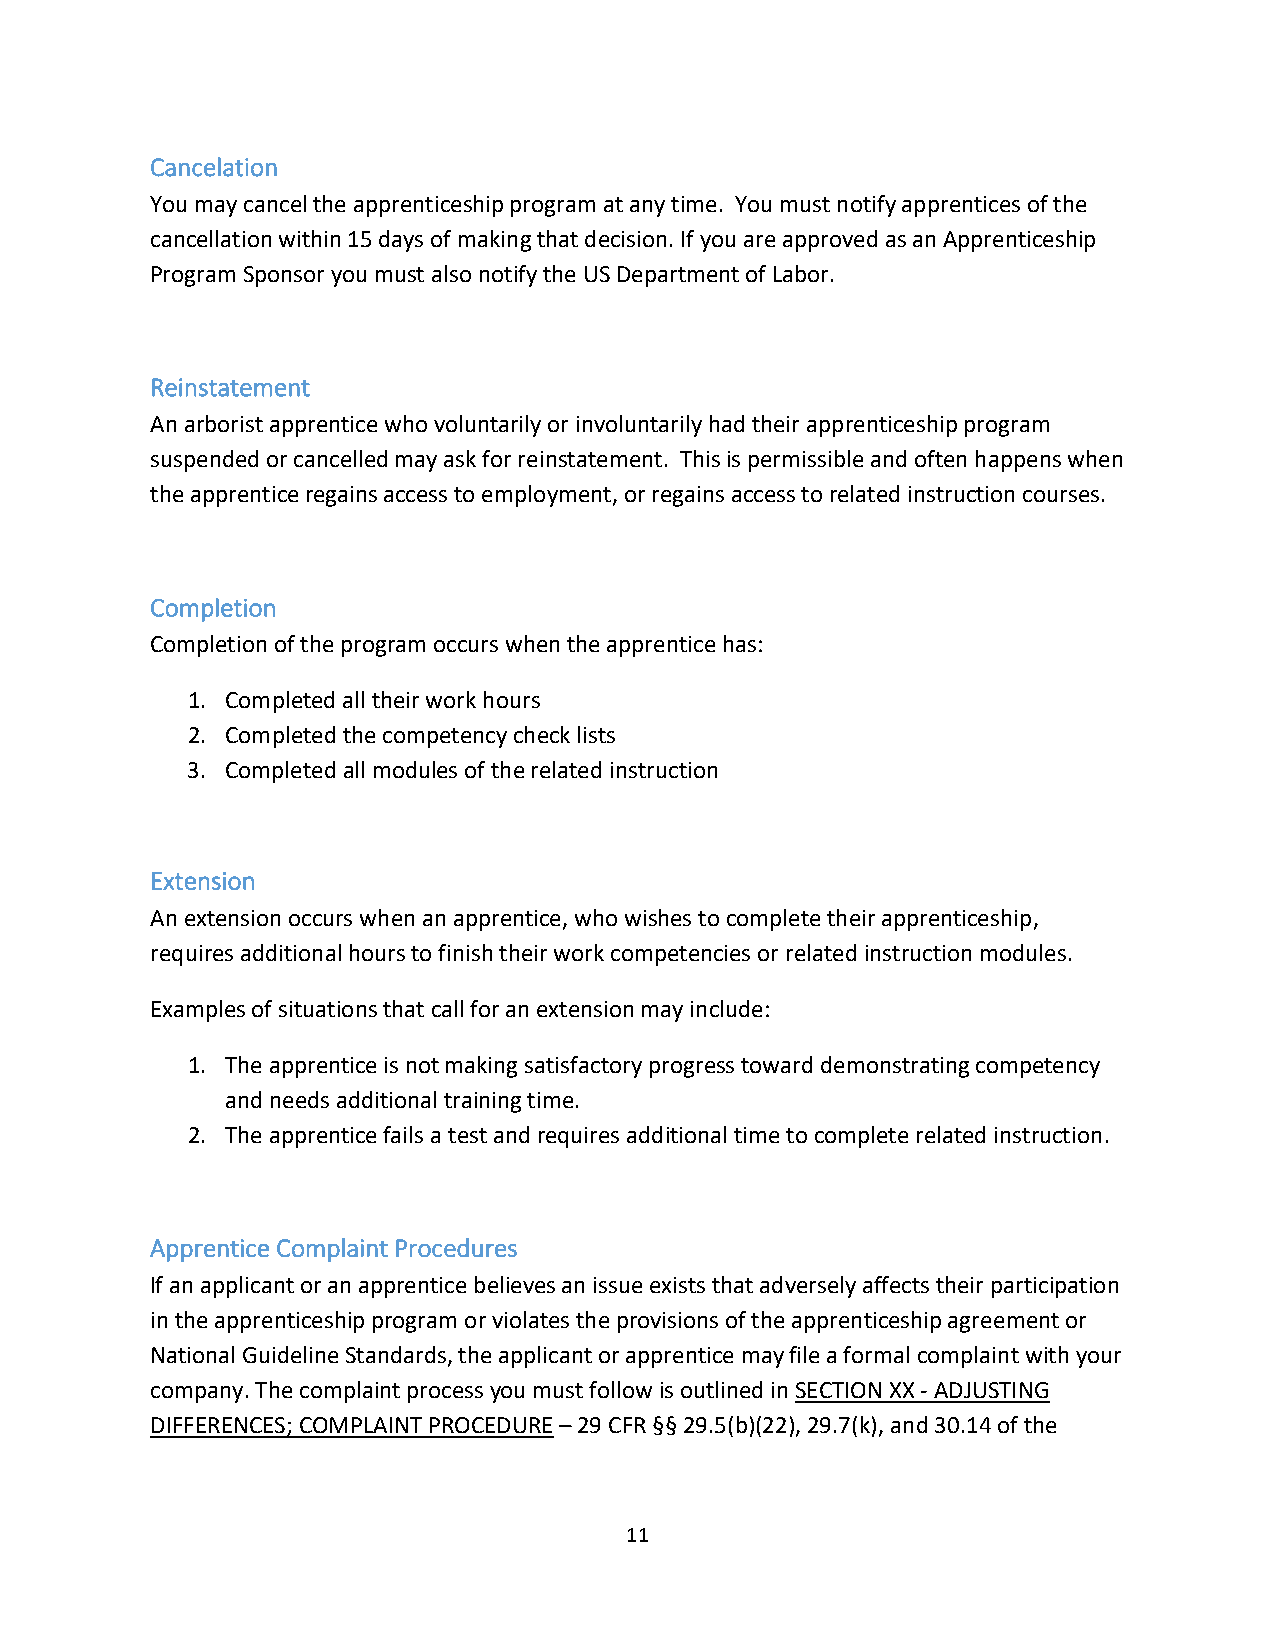
Cancelation
 You may cancel the apprenticeship program at any time. You must notify apprentices of the
 cancellation within 15 days of making that decision. If you are approved as an Apprenticeship
 Program Sponsor you must also notify the US Department of Labor.
 Reinstatement
 An arborist apprentice who voluntarily or involuntarily had their apprenticeship program
 suspended or cancelled may ask for reinstatement. This is permissible and often happens when
 the apprentice regains access to employment, or regains access to related instruction courses.
 Completion
 Completion of the program occurs when the apprentice has:
 1. Completed all their work hours
 2. Completed the competency check lists
 3. Completed all modules of the related instruction
 Extension
 An extension occurs when an apprentice, who wishes to complete their apprenticeship,
 requires additional hours to finish their work competencies or related instruction modules.
 Examples of situations that call for an extension may include:
 1. The apprentice is not making satisfactory progress toward demonstrating competency
 and needs additional training time.
 2. The apprentice fails a test and requires additional time to complete related instruction.
 Apprentice Complaint Procedures
 If an applicant or an apprentice believes an issue exists that adversely affects their participation
 in the apprenticeship program or violates the provisions of the apprenticeship agreement or
 National Guideline Standards, the applicant or apprentice may file a formal complaint with your
 company. The complaint process you must follow is outlined in SECTION XX - ADJUSTING
 DIFFERENCES; COMPLAINT PROCEDURE – 29 CFR §§ 29.5(b)(22), 29.7(k), and 30.14 of the
 11